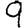
Digit: 9